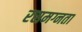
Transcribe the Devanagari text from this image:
रसमग्नता